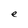
Character: e